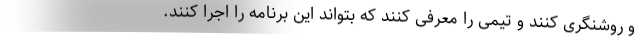
و روشنگری کنند و تیمی را معرفی کنند که بتواند این برنامه را اجرا کنند.